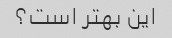
این بهتر است؟